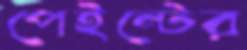
পেইন্টের